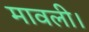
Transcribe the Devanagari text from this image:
मावली।